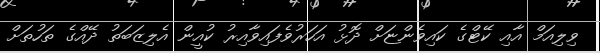
ވިލިއަމް އާއި ކޭޓްގެ ކައިވެންޏަށް ދޮޅު އަހަރުވެފައިވާއިރު ކުއީން އެލިޒަބަތު ދޭއްގެ ތަހުތަށް